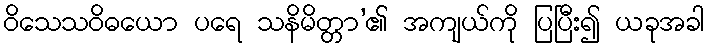
ဝိသေသဝိဓယော ပရေ သနိမိတ္တာ’၏ အကျယ်ကို ပြပြီး၍ ယခုအခါ